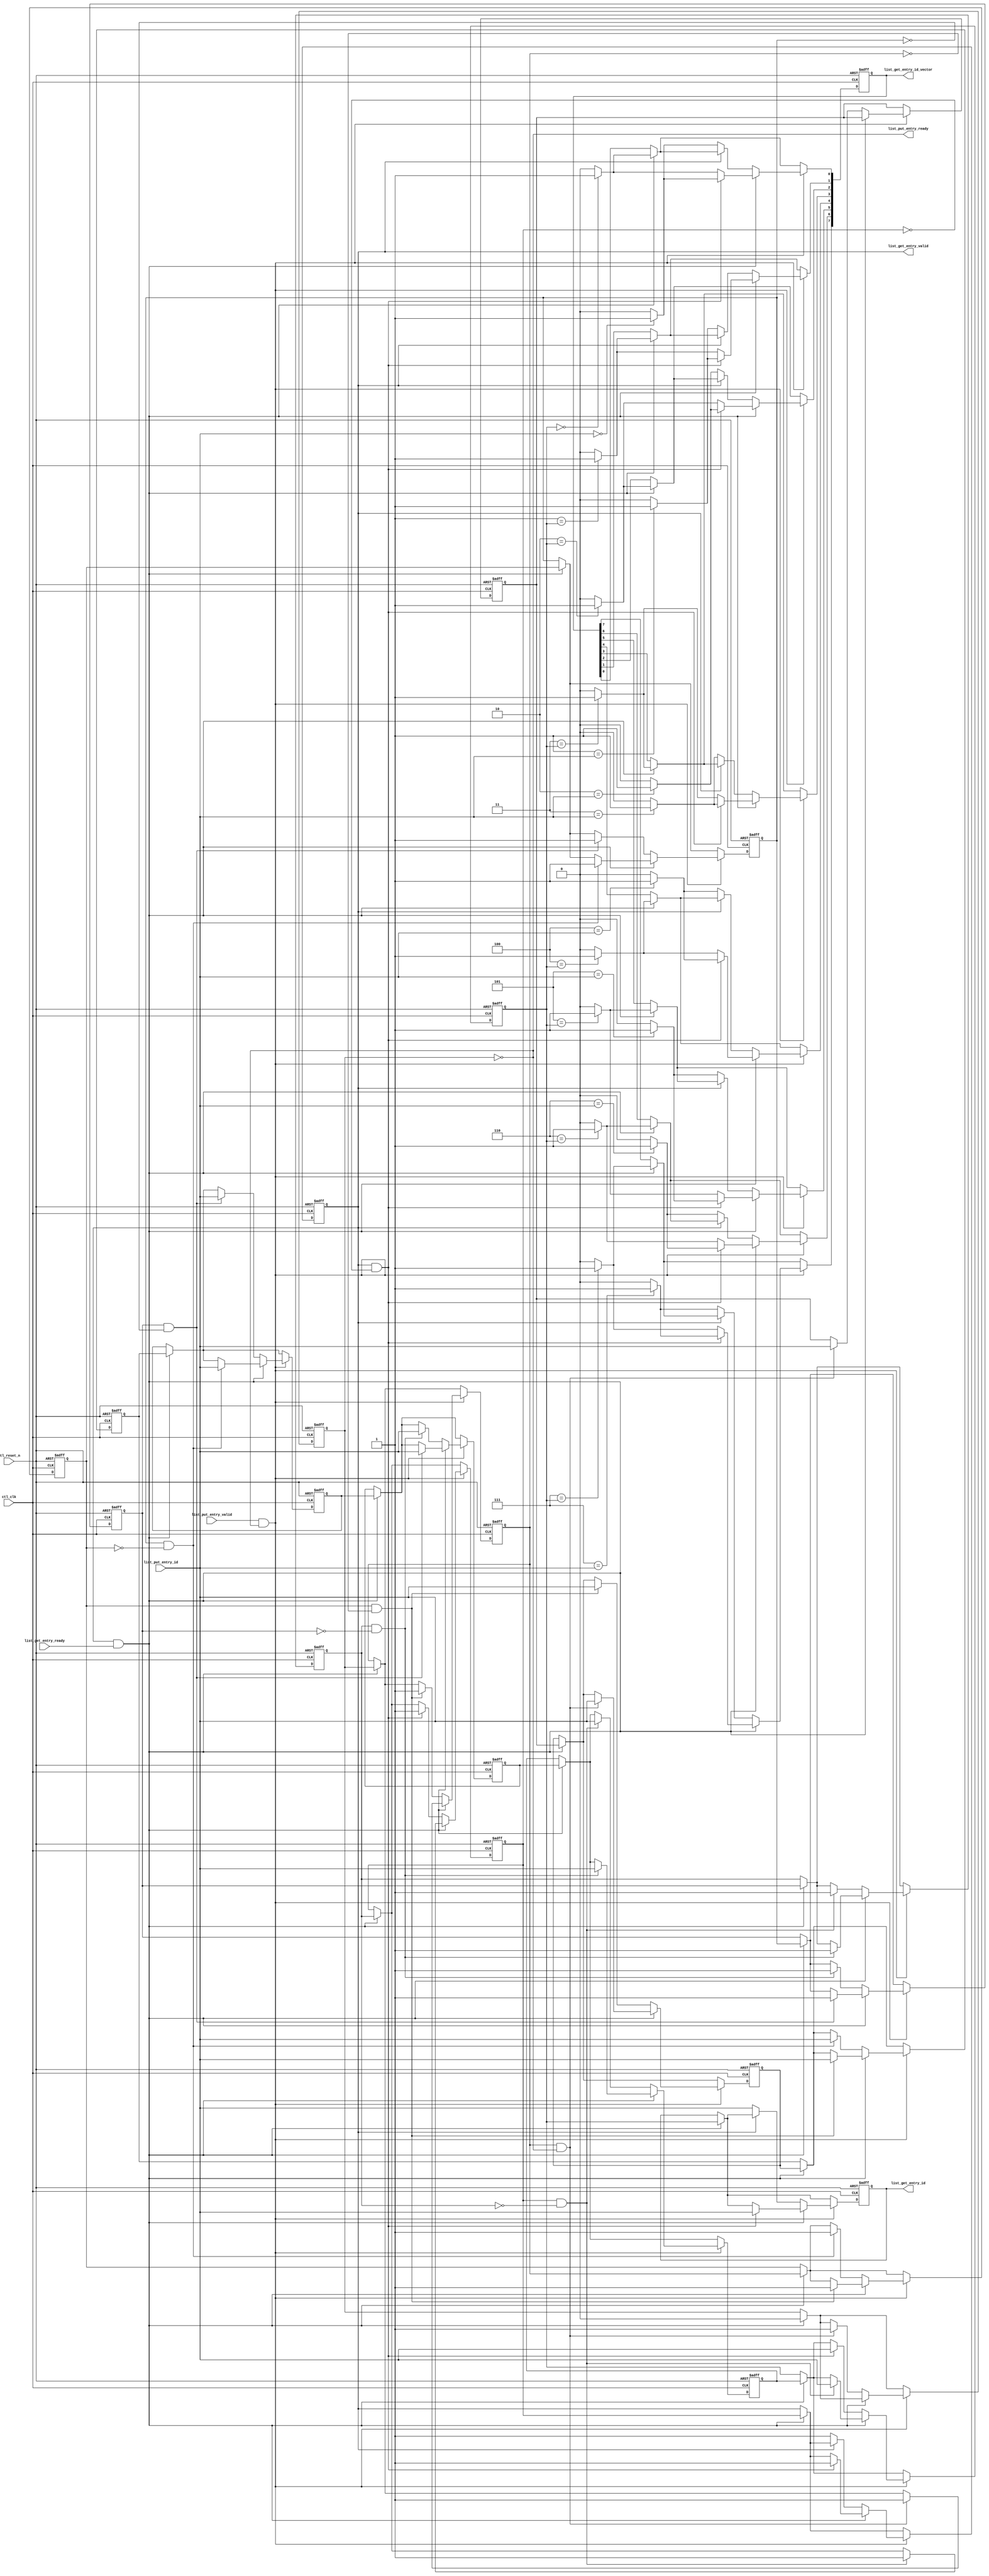
// (C) 2001-2016 Intel Corporation. All rights reserved.
// Your use of Intel Corporation's design tools, logic functions and other 
// software and tools, and its AMPP partner logic functions, and any output 
// files any of the foregoing (including device programming or simulation 
// files), and any associated documentation or information are expressly subject 
// to the terms and conditions of the Intel Program License Subscription 
// Agreement, Intel MegaCore Function License Agreement, or other applicable 
// license agreement, including, without limitation, that your use is for the 
// sole purpose of programming logic devices manufactured by Intel and sold by 
// Intel or its authorized distributors.  Please refer to the applicable 
// agreement for further details.



//altera message_off 10230

`timescale 1 ps / 1 ps

module alt_mem_ddrx_list
# (
    // module parameter port list
    parameter
        CTL_LIST_WIDTH              =    3,        // number of dram commands that can be tracked at a time
        CTL_LIST_DEPTH              =    8,
        CTL_LIST_INIT_VALUE_TYPE    =    "INCR",   // INCR, ZERO
        CTL_LIST_INIT_VALID         =    "VALID"   // VALID, INVALID
)
(
    // port list
    ctl_clk,
    ctl_reset_n,

    // pop free list
    list_get_entry_valid,
    list_get_entry_ready,
    list_get_entry_id,   
    list_get_entry_id_vector,

    // push free list
    list_put_entry_valid,
    list_put_entry_ready,
    list_put_entry_id   

);

    // -----------------------------
    // port declaration
    // -----------------------------

    input                               ctl_clk;
    input                               ctl_reset_n;

    // pop free list
    input                               list_get_entry_ready;
    output                              list_get_entry_valid;
    output [CTL_LIST_WIDTH-1:0]         list_get_entry_id;
    output [CTL_LIST_DEPTH-1:0]         list_get_entry_id_vector;

    // push free list
    output                              list_put_entry_ready;
    input                               list_put_entry_valid;
    input [CTL_LIST_WIDTH-1:0]          list_put_entry_id;


    // -----------------------------
    // port type declaration
    // -----------------------------

    reg                                 list_get_entry_valid;
    wire                                list_get_entry_ready;
    reg  [CTL_LIST_WIDTH-1:0]           list_get_entry_id;   
    reg  [CTL_LIST_DEPTH-1:0]           list_get_entry_id_vector;

    wire                                list_put_entry_valid;
    reg                                 list_put_entry_ready;
    wire [CTL_LIST_WIDTH-1:0]           list_put_entry_id;

    // -----------------------------
    // signal declaration
    // -----------------------------

    reg [CTL_LIST_WIDTH-1:0]            list          [CTL_LIST_DEPTH-1:0];
    reg                                 list_v        [CTL_LIST_DEPTH-1:0];
    reg [CTL_LIST_DEPTH-1:0]            list_vector;

    wire                                list_get = list_get_entry_valid & list_get_entry_ready;
    wire                                list_put = list_put_entry_valid & list_put_entry_ready;

    // -----------------------------
    // module definition
    // -----------------------------

    // generate interface signals
    always @ (*) 
    begin
        // connect interface signals to list head & tail
        list_get_entry_valid     = list_v[0];
        list_get_entry_id        = list[0];
        list_get_entry_id_vector = list_vector;
        list_put_entry_ready     = ~list_v[CTL_LIST_DEPTH-1];
    end

    // list put & get management
    integer i; 
    always @ (posedge ctl_clk or negedge ctl_reset_n) 
    begin
        if (~ctl_reset_n)
        begin
            for (i = 0; i < CTL_LIST_DEPTH; i = i + 1'b1)
            begin
                // initialize every entry
                if (CTL_LIST_INIT_VALUE_TYPE == "INCR")
                begin
                    list           [i]     <= i;
                end
                else
                begin
                    list           [i]     <= {CTL_LIST_WIDTH{1'b0}};
                end

                if (CTL_LIST_INIT_VALID == "VALID")
                begin
                    list_v         [i]     <= 1'b1;
                end
                else
                begin
                    list_v         [i]     <= 1'b0;
                end

            end
            
            list_vector <= {CTL_LIST_DEPTH{1'b0}};
        end
        else
        begin
            // get request code must be above put request code
            if (list_get)
            begin
                // on a get request, list is shifted to move next entry to head
                for (i = 1; i < CTL_LIST_DEPTH; i = i + 1'b1)
                begin
                    list_v     [i-1]   <=  list_v [i];
                    list       [i-1]   <=  list   [i];
                end

                    list_v     [CTL_LIST_DEPTH-1]   <=  0;
                
                for (i = 0; i < CTL_LIST_DEPTH;i = i + 1'b1)
                begin
                    if (i == list [1])
                    begin
                        list_vector [i] <= 1'b1;
                    end
                    else
                    begin
                        list_vector [i] <= 1'b0;
                    end
                end
            end

            if (list_put)
            begin
                // on a put request, next empty list entry is written
                
                if (~list_get)
                begin
                    // put request only
                    for (i = 1; i < CTL_LIST_DEPTH; i = i + 1'b1)
                    begin
                        if ( list_v[i-1] & ~list_v[i])
                        begin
                            list_v     [i]   <=  1'b1;
                            list       [i]   <=  list_put_entry_id;
                        end
                    end
                    if (~list_v[0])
                    begin
                        list_v     [0]   <=  1'b1;
                        list       [0]   <=  list_put_entry_id;
                        
                        for (i = 0; i < CTL_LIST_DEPTH;i = i + 1'b1)
                        begin
                            if (i == list_put_entry_id)
                            begin
                                list_vector [i] <= 1'b1;
                            end
                            else
                            begin
                                list_vector [i] <= 1'b0;
                            end
                        end
                    end
                end
                else
                begin
                    // put & get request on same cycle
                    for (i = 1; i < CTL_LIST_DEPTH; i = i + 1'b1)
                    begin
                        if (list_v[i-1] & ~list_v[i])
                        begin
                            list_v     [i-1]   <=  1'b1;
                            list       [i-1]   <=  list_put_entry_id;
                        end
                    end
                    // if (~list_v[0])
                    // begin
                    //     $display("error - list underflow");
                    // end
                    
                    for (i = 0; i < CTL_LIST_DEPTH;i = i + 1'b1)
                    begin
                        if (list_v[0] & ~list_v[1])
                        begin
                            if (i == list_put_entry_id)
                            begin
                                list_vector [i] <= 1'b1;
                            end
                            else
                            begin
                                list_vector [i] <= 1'b0;
                            end
                        end
                        else
                        begin
                            if (i == list [1])
                            begin
                                list_vector [i] <= 1'b1;
                            end
                            else
                            begin
                                list_vector [i] <= 1'b0;
                            end
                        end
                    end
                end

            end

        end
    end

endmodule